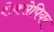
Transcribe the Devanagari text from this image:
शेक्सेपियर